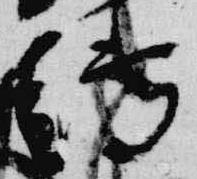
博